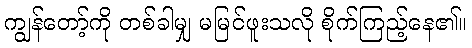
ကျွန်တော့်ကို တစ်ခါမျှ မမြင်ဖူးသလို စိုက်ကြည့်နေ၏။